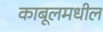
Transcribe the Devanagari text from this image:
काबूलमधील